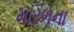
મારળના